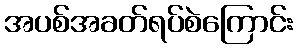
အပစ်အခတ်ရပ်စဲကြောင်း